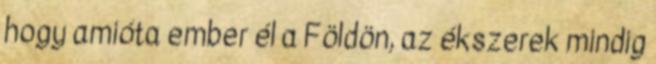
hogy amióta ember él a Földön, az ékszerek mindig